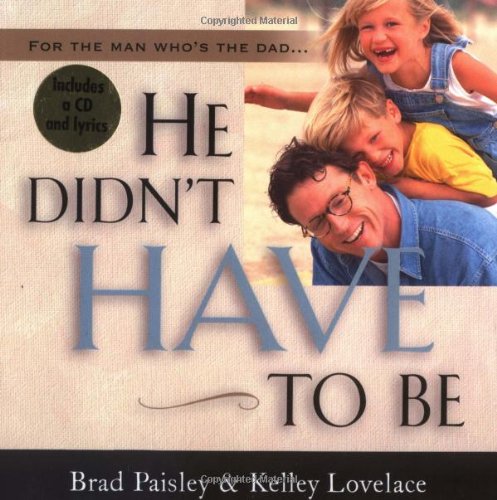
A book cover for He Didn't Have To Be; Parenting & Relationships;